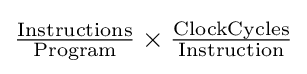
\mathrm {{\tfrac {Instructions}{Program}}\times {\tfrac {ClockCycles}{Instruction}}}